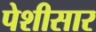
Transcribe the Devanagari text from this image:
पेशीसार